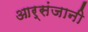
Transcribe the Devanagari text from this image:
आर्संजानी